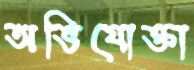
অভিযোক্তা